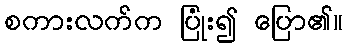
စကားလက်က ပြုံး၍ ပြော၏။